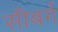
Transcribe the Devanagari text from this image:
सीबर्ग